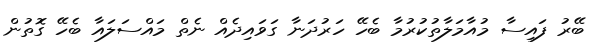
ބޭރު ފައިސާ މުއާމަލާތުކުރުމާ ބެހޭ ހަރުދަނާ ގަވައިދެއް ނެތް މައްސަލައާ ބެހޭ ގޮތުން